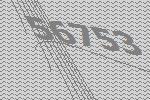
56753